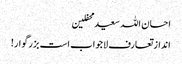
احسان اللہ سعید محفلین
انداز تعارف لاجواب است بزرگوار!